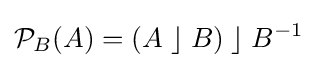
{\mathcal {P}}_{B}(A)=(A\;\rfloor \;B)\;\rfloor \;B^{-1}